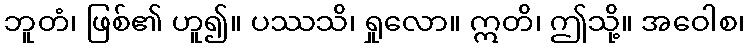
ဘူတံ၊ ဖြစ်၏ ဟူ၍။ ပဿသိ၊ ရှုလော။ ဣတိ၊ ဤသို့။ အဝေါစ၊